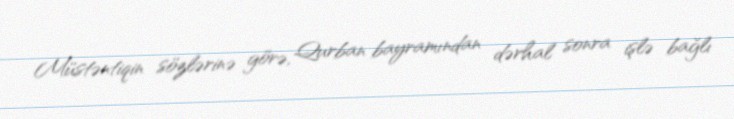
Müstəntiqin sözlərinə görə, Qurban bayramından dərhal sonra işlə bağlı